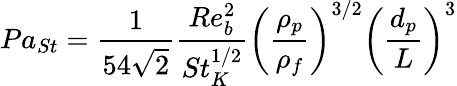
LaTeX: Pa_{St}=\frac{1}{54\sqrt{2}}\frac{Re_{b}^{2}}{St_{K}^{1/2}}\left(\frac{\rho_{p}}{\rho_{f}}\right)^{3/2}\left(\frac{d_{p}}{L}\right)^{3}